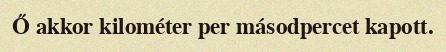
Ő akkor kilométer per másodpercet kapott.